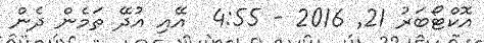
އޮކްޓޯބަރު 21